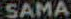
SAMA